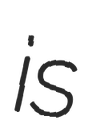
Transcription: is